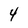
Character: 4